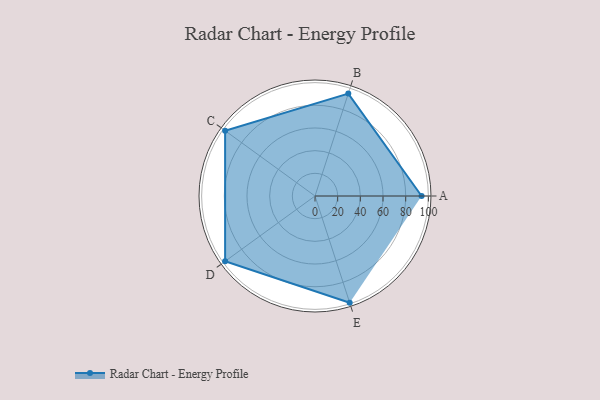
{"axis": {"x": "Skill", "y": "Score"}, "legend": ["Profile"], "data": [{"x": "A", "y": 94.0, "type": "Profile"}, {"x": "B", "y": 95.0, "type": "Profile"}, {"x": "C", "y": 98.0, "type": "Profile"}, {"x": "D", "y": 98.0, "type": "Profile"}, {"x": "E", "y": 99, "type": "Profile"}]}